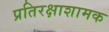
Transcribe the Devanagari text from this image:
प्रतिरक्षाशामक